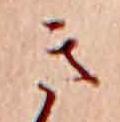
き